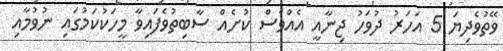
ވޭތުވެދިޔަ 5 އަހަރު ދުވަހު ޖިނާއީ އެއްވެސް ކުށެއް ސާބިތުވެފައިވާ މީހަކުކަމުގައި ނުވުމާއި